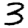
Digit: 3